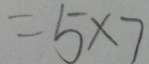
= 5 \times 7